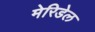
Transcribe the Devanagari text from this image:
मेरिडेल